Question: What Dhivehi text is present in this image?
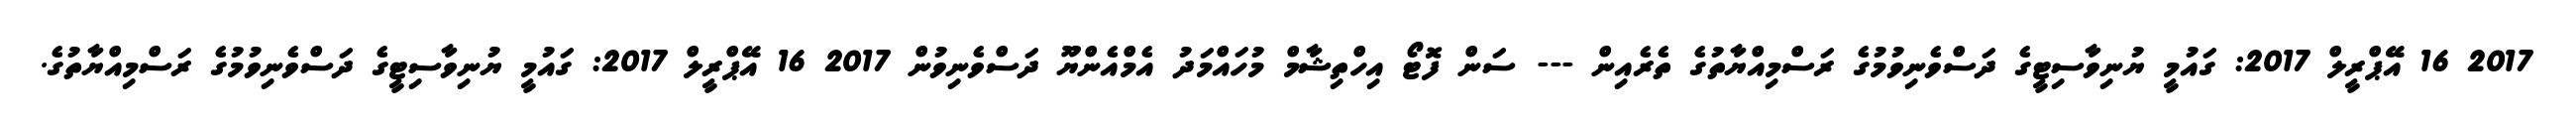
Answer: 2017 16 އޭޕްރީލް 2017: ގައުމީ ޔުނިވާސިޓީގެ ދަސްވެނިވުމުގެ ރަސްމިއްޔާތުގެ ތެރެއިން --- ސަން ފޮޓޯ އިހްތިޝާމް މުހައްމަދު އެމްއެންޔޫ ދަސްވެނިވުން 2017 16 އޭޕްރީލް 2017: ގައުމީ ޔުނިވާސިޓީގެ ދަސްވެނިވުމުގެ ރަސްމިއްޔާތުގެ.